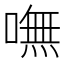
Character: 嘸